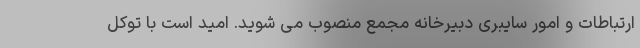
ارتباطات و امور سایبری دبیرخانه مجمع منصوب می شوید. امید است با توکل